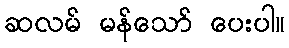
ဆလမ် မန်သော် ပေးပါ။